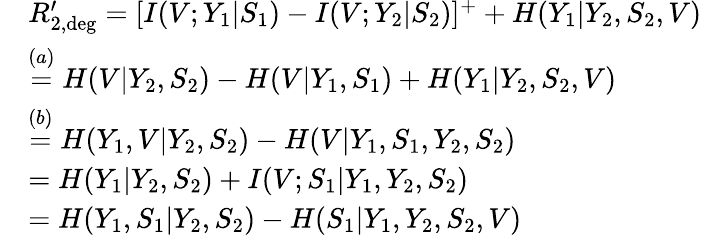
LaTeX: \begin{array}{rl}&{R_{2,\mathrm{deg}}^{\prime}=[I(V;Y_{1}|S_{1})-I(V;Y_{2}|S_{2})]^{+}+H(Y_{1}|Y_{2},S_{2},V)}\\ &{\overset{(a)}{=}H(V|Y_{2},S_{2})-H(V|Y_{1},S_{1})+H(Y_{1}|Y_{2},S_{2},V)}\\ &{\overset{(b)}{=}H(Y_{1},V|Y_{2},S_{2})-H(V|Y_{1},S_{1},Y_{2},S_{2})}\\ &{=H(Y_{1}|Y_{2},S_{2})+I(V;S_{1}|Y_{1},Y_{2},S_{2})}\\ &{=H(Y_{1},S_{1}|Y_{2},S_{2})-H(S_{1}|Y_{1},Y_{2},S_{2},V)}\end{array}